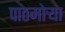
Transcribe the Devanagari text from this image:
पाठमोऱ्या